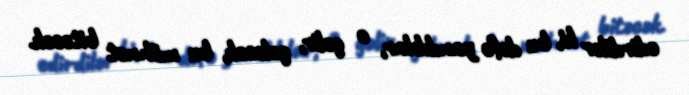
edirdilər ki, bu dəfə yanılıblar, o gəlir, gələcək, bu möhnət bitəcək.